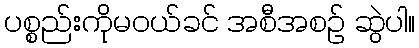
ပစ္စည်းကိုမဝယ်ခင် အစီအစဉ် ဆွဲပါ။